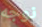
نوجه